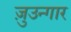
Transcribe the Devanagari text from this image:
ज़ुउन्गार